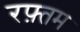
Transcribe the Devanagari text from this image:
रफ़्तम